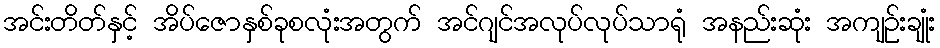
အင်းတိတ်နှင့် အိပ်ဇောနှစ်ခုစလုံးအတွက် အင်ဂျင်အလုပ်လုပ်သာရုံ အနည်းဆုံး အကျဉ်းချုံး